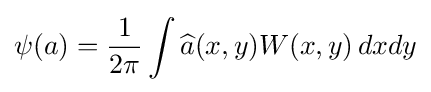
\psi (a)={1 \over 2\pi }\int {\widehat {a}}(x,y)W(x,y)\,dxdy